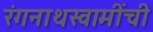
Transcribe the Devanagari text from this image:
रंगनाथस्वामींची